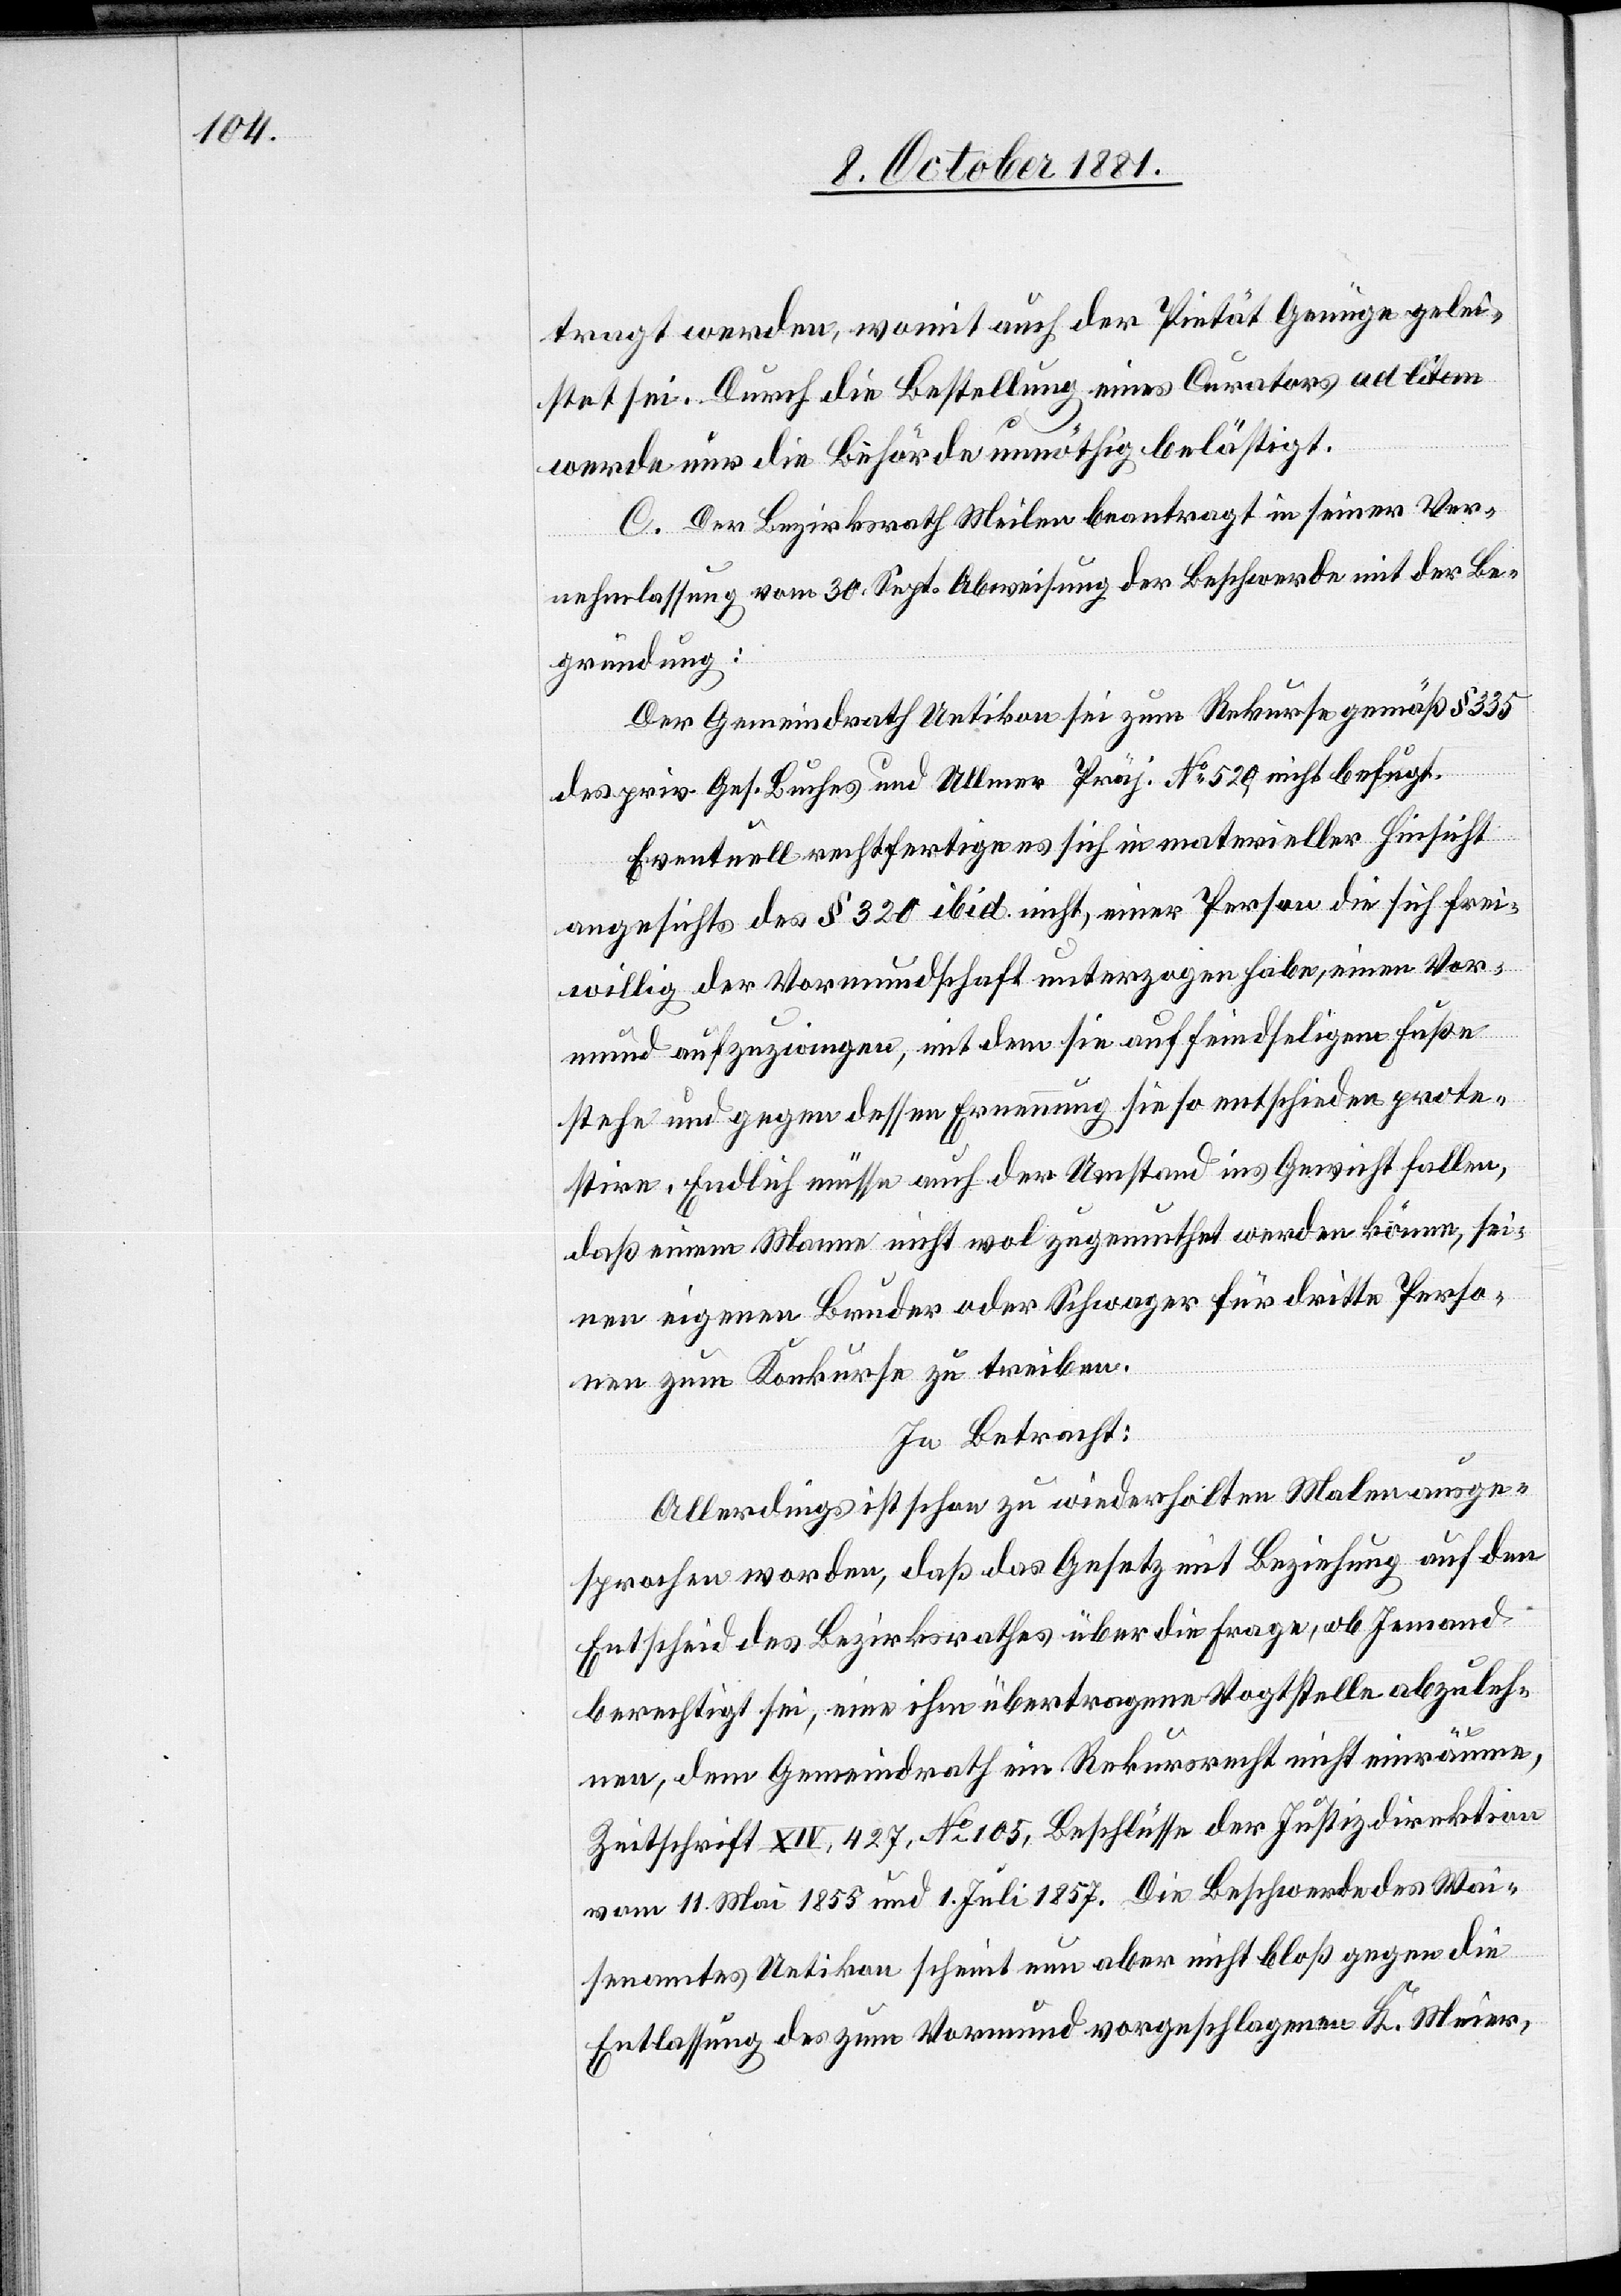
tragt werden, womit auch der Pietät Genüge gelei¬
stet sei. Durch die Bestellung eines Curators ad litem
werde nur die Behörde unnöthig belästigt.
C. Der Bezirksrath Meilen beantragt in seiner Ver¬
nehmlassung vom 30. Sept. Abweisung der Beschwerde mit der Be¬
gründung:
Der Gemeindrath Uetikon sei zum Rekurse gemäß § 335
des priv. Ges. Buches und Allmer Präj. No 529 nicht befugt.
Eventuell rechtfertige es sich in materieller Hinsicht
angesichts des § 320 ibid. nicht, einer Person die sich frei¬
willig der Vormundschaft unterzogen habe, einen Vor¬
mund aufzuzwingen, mit dem sie auf feindselig Fuße
stehe und gegen dessen Ernennung sie so entschieden prote¬
stire. Endlich müsse auch der Umstand ins Gewicht fallen,
daß einem Manne nicht wol zugemuthet werden könne, sei¬
nen eigenen Bruder oder Schwager für dritte Perso¬
nen zum Konkurse zu treiben.
In Betracht:
Allerdings ist schon zu wiederholten Malen ausge¬
sprochen worden, daß das Gesetz mit Beziehung auf den
Entscheid des Bezirksrathes über die Frage, ob Jemand
berechtigt sei, eine ihm übertragene Vogtstelle abzuleh¬
nen, dem Gemeindrath ein Rekursrecht nicht einräume,
Zeitschrift XIV, 427, No 105, Beschlüsse der Justizdirektion
vom 11. Mai 1855 und 1. Juli 1857. Die Beschwerde des Wai¬
senamtes Uetikon scheint nun aber nicht bloß gegen die
Entlassung des zum Vormund vorgeschlagenen K. Meier,